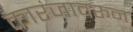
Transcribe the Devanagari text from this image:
कारंजावरून